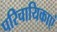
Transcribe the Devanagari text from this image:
परिचायिकाएं